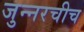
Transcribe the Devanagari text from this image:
जुन्‍नरचीच